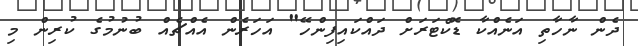
ދެން ނާހާތި އަނެއްކާ ޑޮކްޓަރަށް ދައްކައިފިންހޭ" އަހަރެން އެއްޗެއް ބުނުމުގެ ކުރިން މި